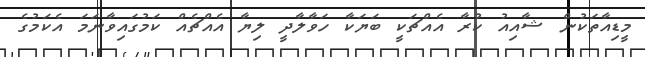
މީޑިއާތަކުން ޝާއިއު ކުރާ އެއްޗަކީ ބަޔަކާ ހަވާލާދީ ލިޔާ އެއްޗެއް ކަމުގައިވާނަމަ އެކަމުގެ